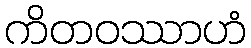
ကိတဝဿာဟံ